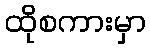
ထိုစကားမှာ